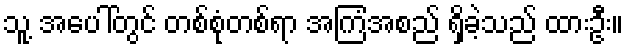
သူ့ အပေါ်တွင် တစ်စုံတစ်ရာ အကြံအစည် ရှိခဲ့သည် ထားဦး။